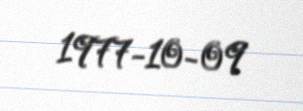
1977-10-09